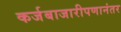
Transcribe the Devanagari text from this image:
कर्जबाजारीपणानंतर